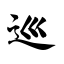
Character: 巡